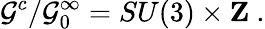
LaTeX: {\cal G}^{c}/{\cal G}_{0}^{\infty}=SU(3)\times{\mathbf Z\ }.